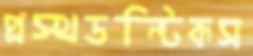
প্রস্থডন্টিকস